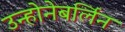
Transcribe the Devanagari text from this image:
उन्होनेबर्लिन